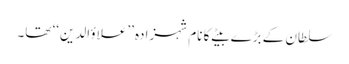
سلطان کے بڑے بیٹے کا نام شہزادہ ’’علاؤالدین‘‘ تھا۔